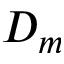
D _ { m }